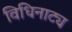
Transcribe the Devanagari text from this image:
विधिनाट्य